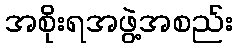
အစိုးရအဖွဲ့အစည်း